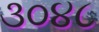
૩૦૪૮